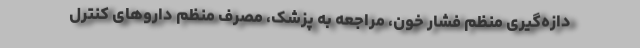
دازه‌گیری منظم فشار خون، مراجعه به پزشک، مصرف منظم داروهای کنترل